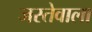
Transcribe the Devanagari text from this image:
जस्तेवाला